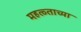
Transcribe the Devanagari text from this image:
महत्व्ताच्या